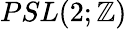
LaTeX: PSL(2;\mathbb{Z})